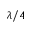
\lambda / 4